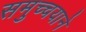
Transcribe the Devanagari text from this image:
समुच्चयाने